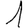
Digit: 1